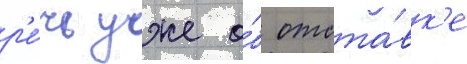
р'е́чь уже о́б отста́вк'е